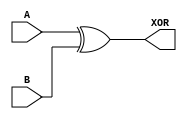
module xor_gate(
    input A,
    input B,
    output XOR
);

assign XOR = A ^ B;

endmodule